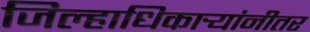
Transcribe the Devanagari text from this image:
जिल्हाधिकार्‍यांनीतर